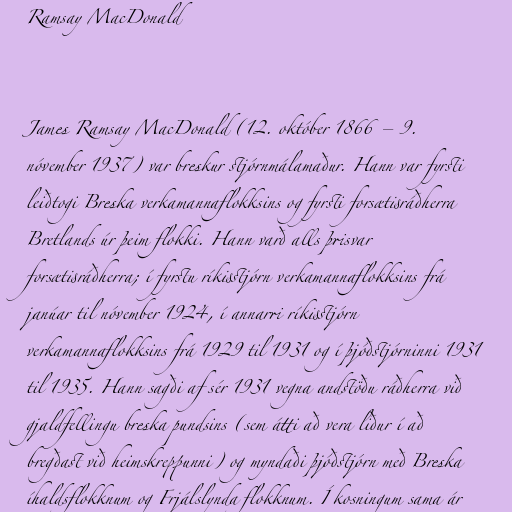
Ramsay MacDonald

James Ramsay MacDonald (12. október 1866 – 9.
nóvember 1937) var breskur stjórnmálamaður. Hann var fyrsti
leiðtogi Breska verkamannaflokksins og fyrsti forsætisráðherra
Bretlands úr þeim flokki. Hann varð alls þrisvar
forsætisráðherra; í fyrstu ríkisstjórn verkamannaflokksins frá
janúar til nóvember 1924, í annarri ríkisstjórn
verkamannaflokksins frá 1929 til 1931 og í þjóðstjórninni 1931
til 1935. Hann sagði af sér 1931 vegna andstöðu ráðherra við
gjaldfellingu breska pundsins (sem átti að vera liður í að
bregðast við heimskreppunni) og myndaði þjóðstjórn með Breska
íhaldsflokknum og Frjálslynda flokknum. Í kosningum sama ár